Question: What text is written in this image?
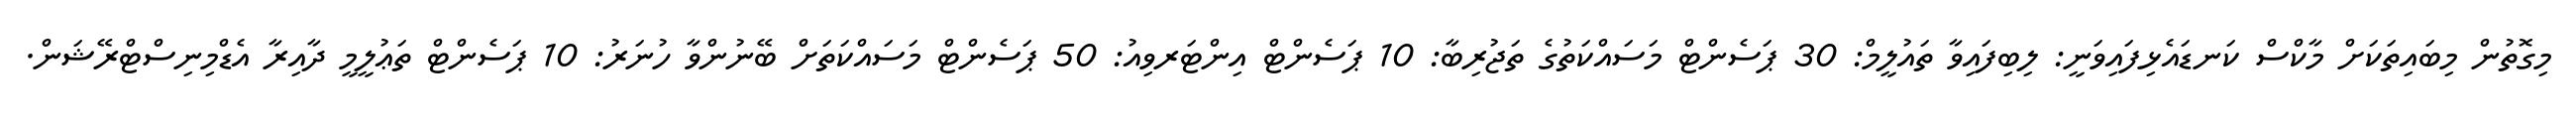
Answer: މިގޮތުން މިބައިތަކަށް މާކްސް ކަނޑައެޅިފައިވަނީ: ލިބިފައިވާ ތައުލީމް: 30 ޕަސެންޓް މަސައްކަތުގެ ތަޖުރިބާ: 10 ޕަސެންޓް އިންޓަރވިއު: 50 ޕަސެންޓް މަސައްކަތަށް ބޭނުންވާ ހުނަރު: 10 ޕަސެންޓް ތަޢުލީމީ ދާއިރާ އެޑްމިނިސްޓްރޭޝަން.